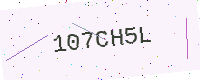
Text: 107CH5L